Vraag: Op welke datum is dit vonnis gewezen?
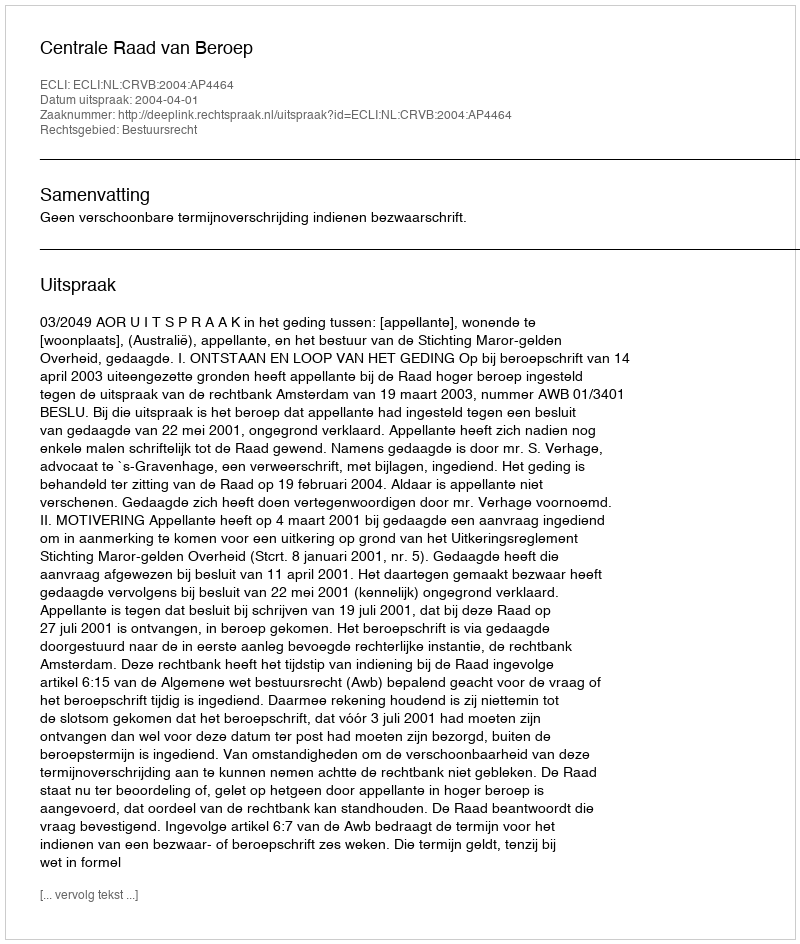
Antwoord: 2004-04-01